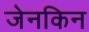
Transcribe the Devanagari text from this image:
जेनकिन